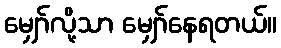
မျှော်လို့သာ မျှော်နေရတယ်။